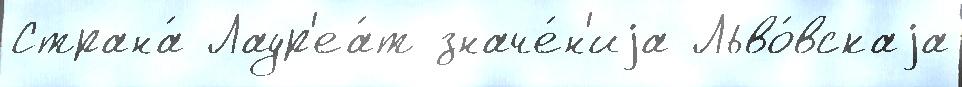
Страна́ Лаур'еа́т значе́н'иjа Льво́вскаjа